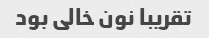
تقریبا نون خالی بود